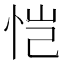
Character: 恺